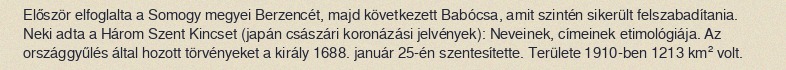
Először elfoglalta a Somogy megyei Berzencét, majd következett Babócsa, amit szintén sikerült felszabadítania. Neki adta a Három Szent Kincset (japán császári koronázási jelvények): Neveinek, címeinek etimológiája. Az országgyűlés által hozott törvényeket a király 1688. január 25-én szentesítette. Területe 1910-ben 1213 km² volt.